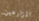
المزارعين